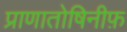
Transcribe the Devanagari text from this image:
प्राणातोषिनीफ़